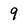
Character: 9